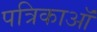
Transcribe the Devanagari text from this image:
पत्रिकाऑं